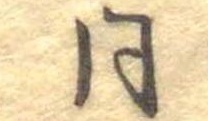
同